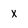
Character: X